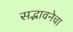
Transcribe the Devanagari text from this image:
सद्भावनेचा